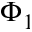
\Phi _ { 1 }